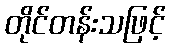
တိုင်တန်းသဖြင့်